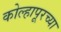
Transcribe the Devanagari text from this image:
कोल्‍हापूरच्या